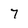
Character: 7